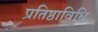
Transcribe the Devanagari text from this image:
प्रतिष्ठाविधि